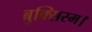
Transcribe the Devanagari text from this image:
ब्रुक्सिस्म।